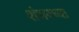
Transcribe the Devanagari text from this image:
शंभरच्या